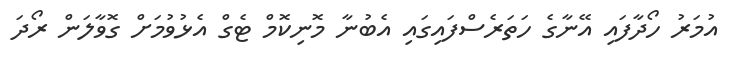
އުމަރު ހޯދާފައި އޭނާގެ ހަތަރެސްފައިގައި އެބުނާ މޮނިކޮމް ޓެގް އެޅުވުމަށް ގޮވާލަން ރޯދަ